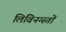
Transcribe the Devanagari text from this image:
लिविनग्स्तों